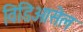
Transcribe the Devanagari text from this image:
विडिओसेल